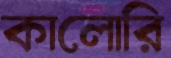
কালোরি